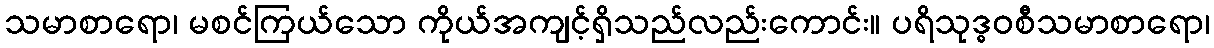
သမာစာရော၊ မစင်ကြယ်သော ကိုယ်အကျင့်ရှိသည်လည်းကောင်း။ ပရိသုဒ္ဓဝစီသမာစာရော၊